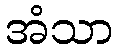
အံသာ